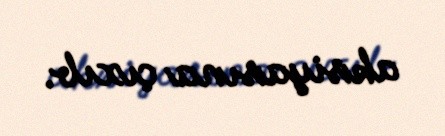
aksiyasına çıxıb.